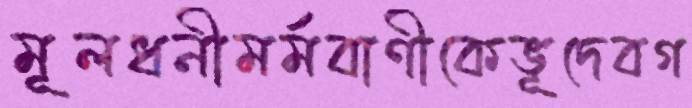
মূলধনীমর্মবাণীকেভূদেবগ